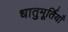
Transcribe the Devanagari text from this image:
धातुमूर्तियाँ